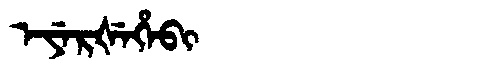
Manchu: ᡝᠶᡝᡵᡧᡝᡥᡝᠪᡳ
Romanization: EYERŠEHEBI